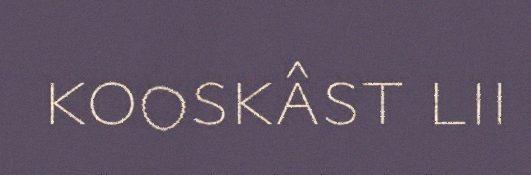
kooskâst lii